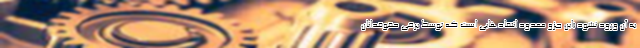
به آن ورود نشود (این جزو معدود انتقادهایی است که توسط برخی حقوقدانان